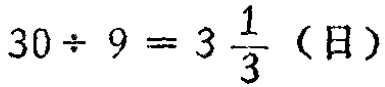
\(30\div 9 = 3\frac{1}{3}（日）\)